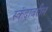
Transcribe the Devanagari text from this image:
स्कंदावरील